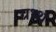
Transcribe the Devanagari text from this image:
ग्रथ्थ